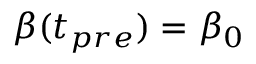
\beta ( t _ { p r e } ) = \beta _ { 0 }